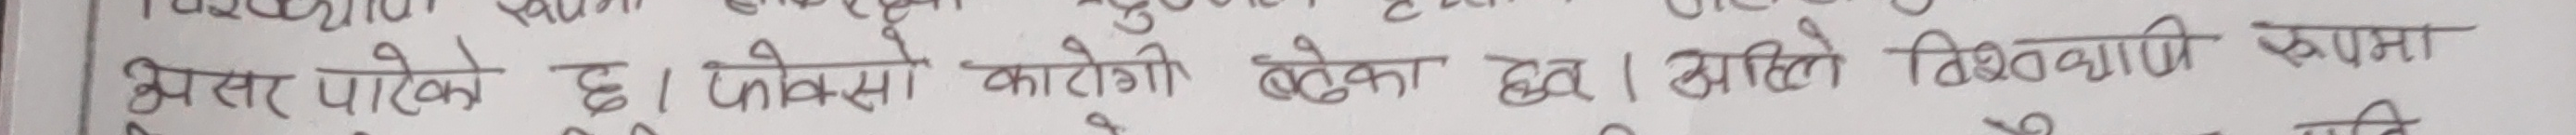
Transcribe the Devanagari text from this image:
असर पारेको छ। फोक्सो का रोगो बढेको छ। अहिले विश्वव्यापी रुपमा